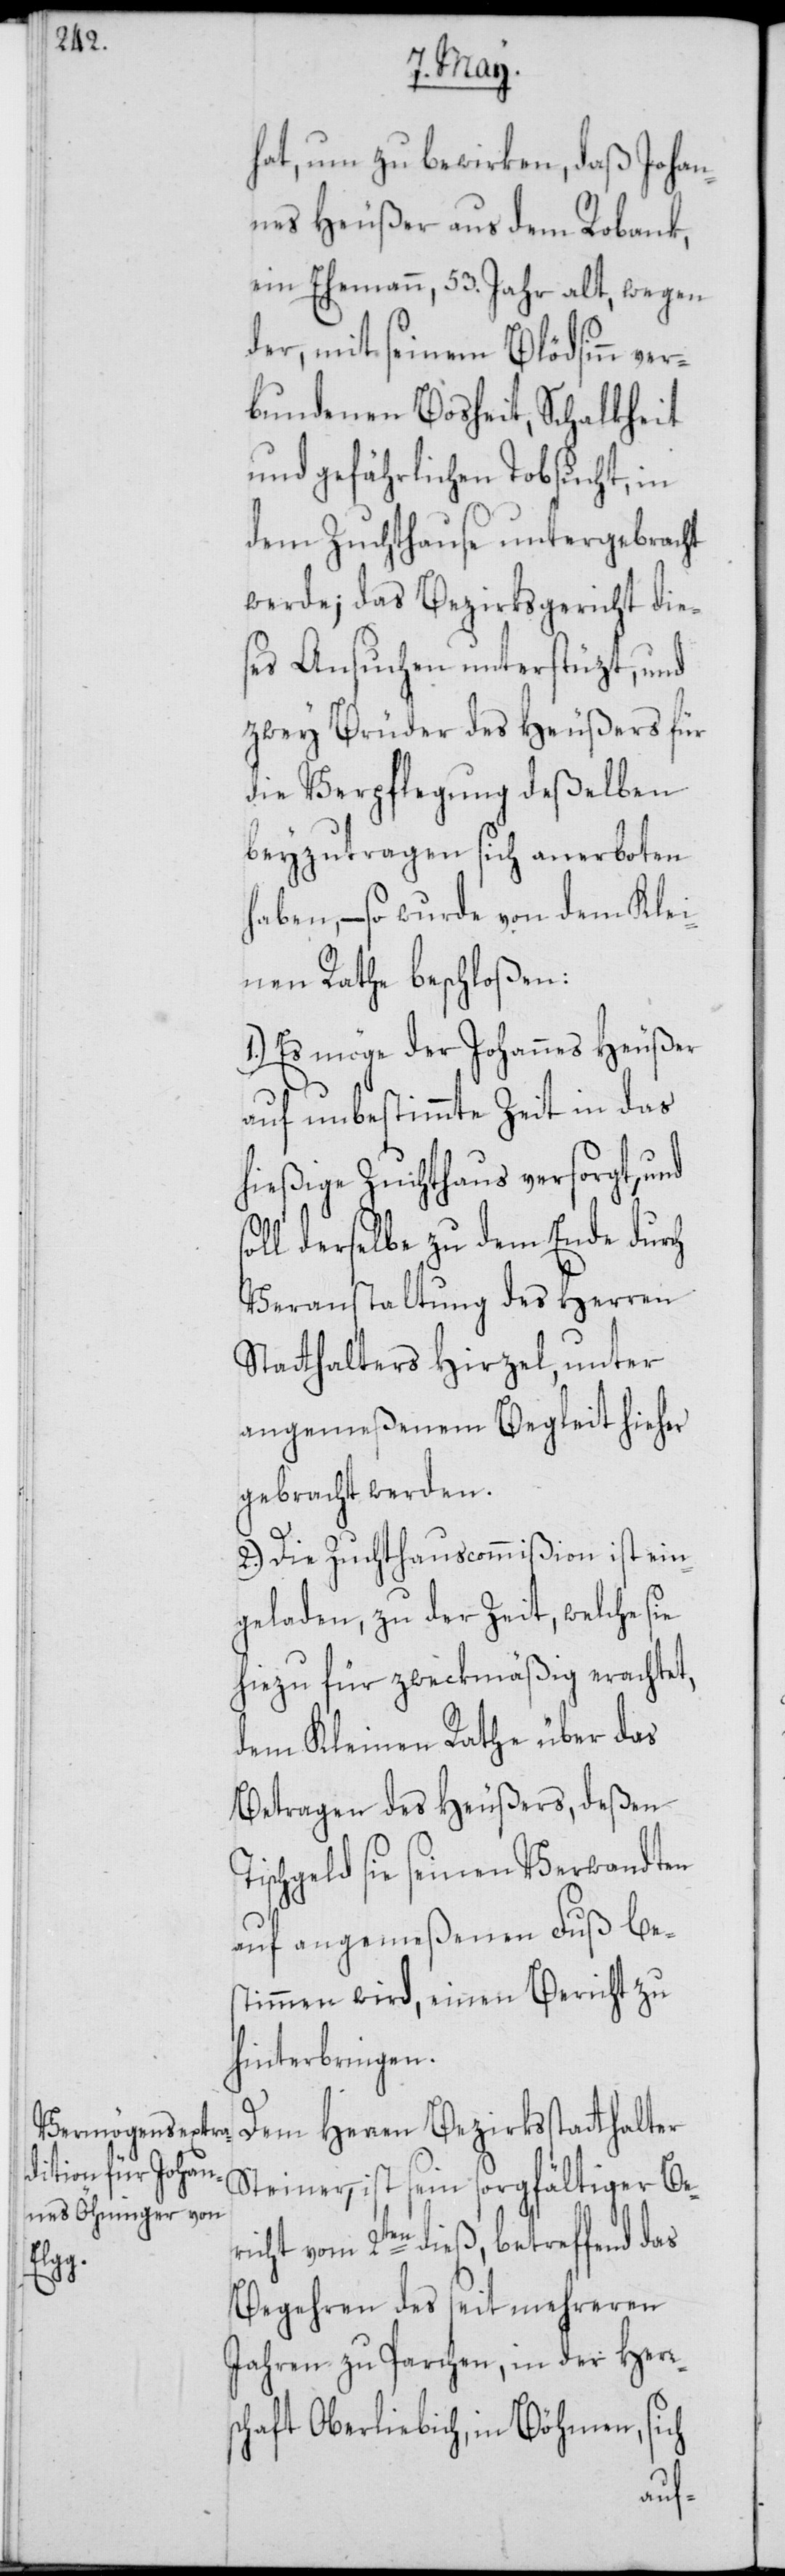
s¬

hat, um zu bewirken, daß Johan¬
nes Heußer aus dem Robank,
ein Ehemann, 53. Jahr alt, wegen
der, mit seinem Blödsinn ve¬
rbundenen Bosheit, Schalkheit
und gefährlichen Tobsucht, in
dem Zuchthause untergebracht
werde; das Bezirksgericht die¬
ses Ansuchen unterstüzt, und
zwey Brüder des Heußers für
die Verpflegung deßelben
beyzutragen sich anerboten
haben, – so wurde von dem Klei¬
nen Rathe beschloßen:
1.) Es möge der Johannes Heußer
auf unbestimmte Zeit in das
hießige Zuchthaus versorgt, und
oll derselbe zu dem Ende durch
Veranstaltung des Herren
Statthalters Hirzel, unter
angemeßenem Begleit hieher
gebracht werden.
2.) Die Zuchthauscommißion ist ein¬
geladen, zu der Zeit, welche sie
hiezu für zweckmäßig erachtet,
dem Kleinen Rathe über das
Betragen des Heußers, deßen
Tischgeld sie seinen Verwandten
auf angemeßenen Fuß be¬
stimmen wird, einen Bericht zu
hinterbringen.
Dem Herren Bezirksstatthalter
Steiner, ist sein sorgfältiger Be¬
richt vom 2ten dieß, betreffend das
Begehren des seit mehreren
Jahren zu Parchen, in der Herrs¬
chaft Oberliebich, in Böhmen, sich